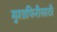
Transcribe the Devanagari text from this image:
मुशाफिरीसाठी